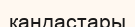
қандастары